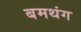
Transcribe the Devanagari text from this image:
बमथंग